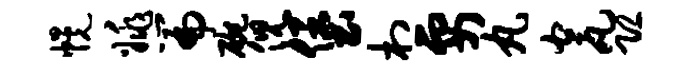
幌姚篇碗倪堡村要丸瓮恐